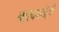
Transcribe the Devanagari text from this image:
बारकावेही